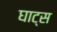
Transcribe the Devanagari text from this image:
घाट्स